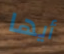
أيها